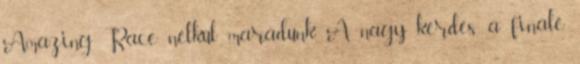
Amazing Race nélkül maradunk. A nagy kérdés a finálé